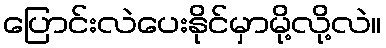
ပြောင်းလဲပေးနိုင်မှာမို့လို့လဲ။